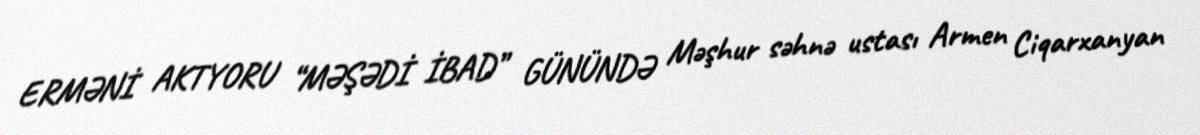
ERMƏNİ AKTYORU “MƏŞƏDİ İBAD” GÜNÜNDƏ Məşhur səhnə ustası Armen Ciqarxanyan